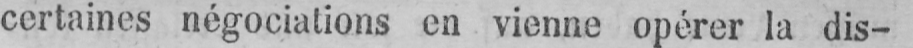
certaines négociations en vienne opérer la dis-